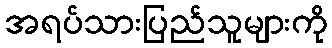
အရပ်သားပြည်သူများကို